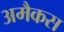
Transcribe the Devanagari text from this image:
अमैकस